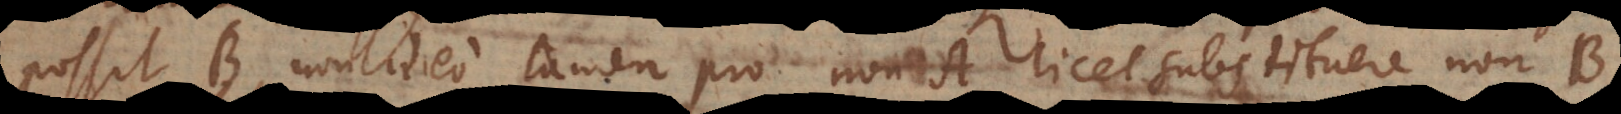
possit B, non ideo tamen pro non‐A licet substituere non‐B,